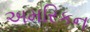
અમરિકન